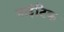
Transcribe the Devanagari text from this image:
नाईटिक